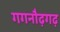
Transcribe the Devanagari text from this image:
गगनौढ़गढ़